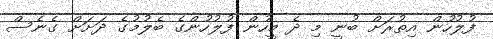
ފުލުހުން އިތުރަށް ބުނީ މި ދެ މީހުން ފުލުހުންގެ ބެލުމުގެ ދަށަށް ގެނެސް